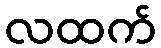
လထက်